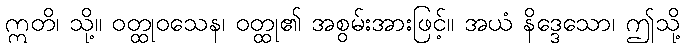
ဣတိ၊ သို့။ ဝတ္ထုဝသေန၊ ဝတ္ထု၏ အစွမ်းအားဖြင့်။ အယံ နိဒ္ဒေသော၊ ဤသို့